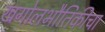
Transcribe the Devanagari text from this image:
खगोलभौतिकीचा